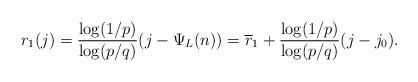
LaTeX: \begin{align*}r_1(j) = \frac{\log (1/p)}{\log(p/q)} (j - \Psi_L(n)) = \overline r_1 + \frac{\log (1/p)}{\log(p/q)}(j-j_0).\end{align*}